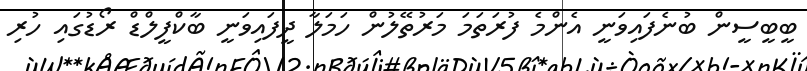
ބީބީސީން ބުނެފައިވަނީ އެންމެ ފުރަތަމަ މަރުތޭލުން ހަމަލާ ދީފައިވަނީ ބާކްފީލްޑް ރޯޑުގައި ހުރި